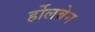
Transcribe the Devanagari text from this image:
र्होलबेन